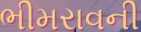
ભીમરાવની